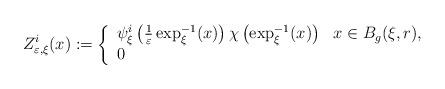
LaTeX: \begin{align*}Z_{\varepsilon,\xi}^{i}(x):=\left\{\begin{array}[c]{ll}\psi_{\xi}^{i}\left( \frac{1}{\varepsilon}\exp_{\xi}^{-1}(x)\right)\chi\left( \exp_{\xi}^{-1}(x)\right) & x\in B_{g}(\xi,r),\\0 & \end{array}\right.\end{align*}